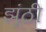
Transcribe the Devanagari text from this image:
झूंठी